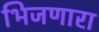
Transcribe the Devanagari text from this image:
भिजणारा